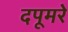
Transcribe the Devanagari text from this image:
दपूमरे